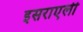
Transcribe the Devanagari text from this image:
इसराएली